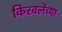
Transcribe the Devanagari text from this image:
किरवलेंच्या